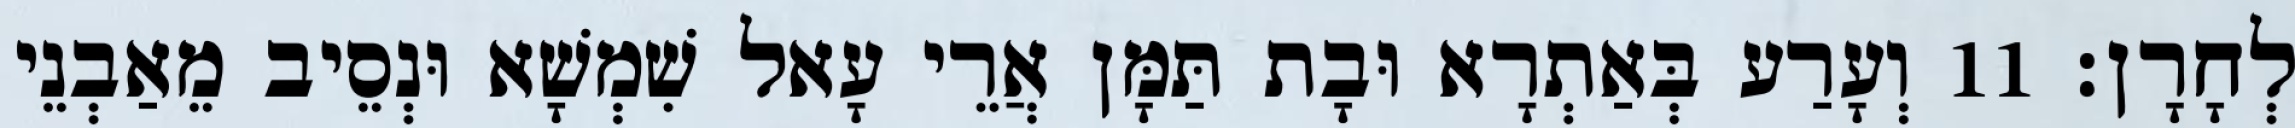
לְחָרָן׃ 11 וְעָרַע בְּאַתְרָא וּבָת תַּמָּן אֲרֵי עָאל שִׁמְשָׁא וּנְסֵיב מֵאַבְנֵי